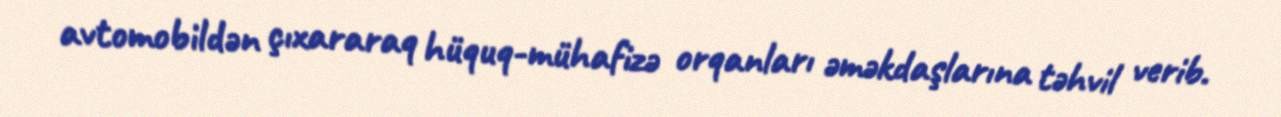
avtomobildən çıxararaq hüquq-mühafizə orqanları əməkdaşlarına təhvil verib.